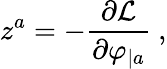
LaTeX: z^{a}=-{\frac{\partial{\cal L}}{\partial\varphi_{|a}}}\ ,